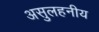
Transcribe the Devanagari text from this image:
असुलहनीय